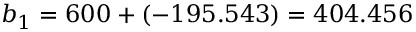
b _ { 1 } = 6 0 0 + ( - 1 9 5 . 5 4 3 ) = 4 0 4 . 4 5 6